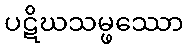
ပဋိဃသမ္ဖဿော